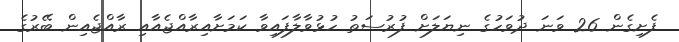
ފެށިގެން 26 ވަނަ ދުވަހުގެ ނިޔަލަށް ފުރުސަތު ހުޅުވާލާފައިވާ ކަމަށާއިރާއްޖެއާއި ރާއްޖެއިން ބޭރުގެ